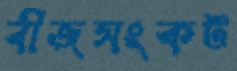
বীজসংকট